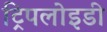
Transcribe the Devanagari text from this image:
ट्रिपलोइडी